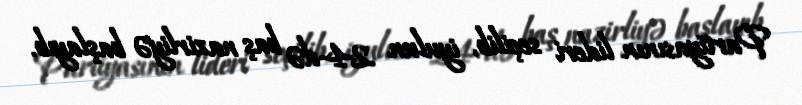
Partiyasının lideri seçilib, iyulun 24-də baş nazirliyə başlayıb.